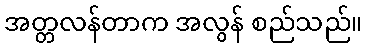
အတ္တလန်တာက အလွန် စည်သည်။